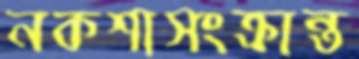
নকশাসংক্রান্ত